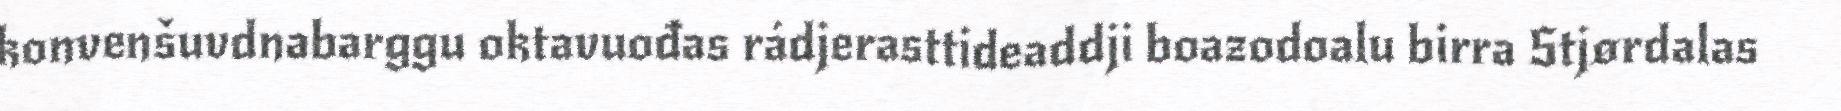
konvenšuvdnabarggu oktavuođas rádjerasttideaddji boazodoalu birra Stjørdalas